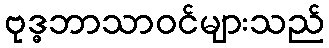
ဗုဒ္ဓဘာသာဝင်များသည်